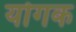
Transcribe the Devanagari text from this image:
योगक